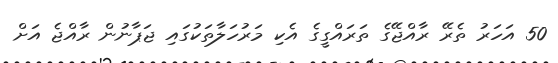
50 އަހަރު ތެރޭ ރާއްޖޭގެ ތަރައްގީގެ އެކި މަރުހަލާތަކުގައި ޖަޕާނުން ރާއްޖެ އަށް